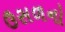
ઉસળનો